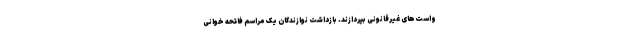
واست‌های غیرقانونی بپردازند. بازداشت نوازندگان یک مراسم فاتحه خوانی